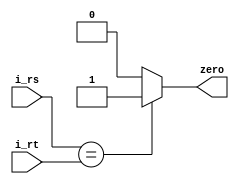
module branch_comparer  #(
    parameter       RBITS   =   32
    )
    (
    //Entradas
    input   wire    [RBITS-1:0] i_rs    ,
    input   wire    [RBITS-1:0] i_rt    ,
    //Salidas
    output  wire                zero
    );
    
    assign zero =   (i_rs == i_rt) ? 1 : 0  ;
    
endmodule